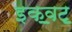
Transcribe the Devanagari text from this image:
इक॒वट॒